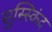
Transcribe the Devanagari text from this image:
सुस्स्किंद